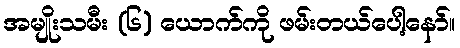
အမျိုးသမီး (၆) ယောက်ကို ဖမ်းတယ်ပေါ့နော်။